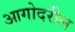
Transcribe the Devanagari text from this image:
आगोदरील